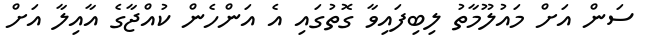
ސަން އަށް މައުލޫމާތު ލިބިފައިވާ ގޮތުގައި އެ އަންހެން ކުއްޖާގެ އާއިލާ އަށް